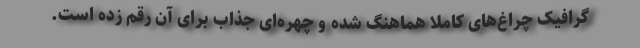
گرافیک چراغ‌های کاملا هماهنگ شده و چهره‌ای جذاب برای آن رقم زده است.